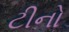
ટીનો